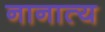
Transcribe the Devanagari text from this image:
नानात्य